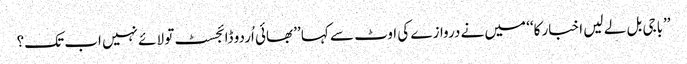
’’باجی بل لے لیں اخبار کا‘‘ میں نے دروازے کی اوٹ سے کہا ’’بھائی اُردو ڈائجسٹ تو لائے نہیں اب تک؟